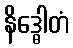
နိဒ္ဓေါတံ